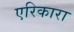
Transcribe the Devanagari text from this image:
एरिकारा